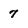
Character: 7